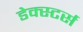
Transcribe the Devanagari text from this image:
डेक्स्टर्स